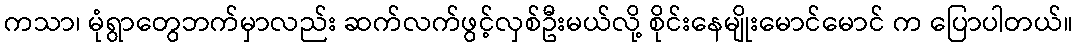
ကသာ၊ မုံရွာတွေဘက်မှာလည်း ဆက်လက်ဖွင့်လှစ်ဦးမယ်လို့ စိုင်းနေမျိုးမောင်မောင် က ပြောပါတယ်။